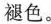
褪色。